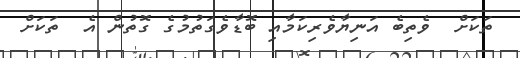
ތަކަށް  ވެތިބެ އަނިޔާވެރިކަމާއި ބޮޑާވެގަތުމުގެ ގޮތުން އެ  ތަކަށް